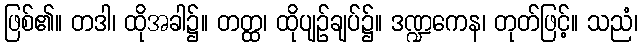
ဖြစ်၏။ တဒါ၊ ထိုအခါ၌။ တတ္ထ၊ ထိုပျဉ်ချပ်၌။ ဒဏ္ဍကေန၊ တုတ်ဖြင့်။ သညံ၊